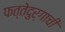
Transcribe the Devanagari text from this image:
फत्तेदुर्गाची